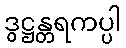
ဒွဋ္ဌန္တရကပ္ပါ